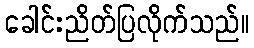
ခေါင်းညိတ်ပြလိုက်သည်။